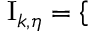
\begin{array} { r } { \mathrm { I } _ { k , \eta } = \left\{ \begin{array} { r l r } \end{array} \right. } \end{array}